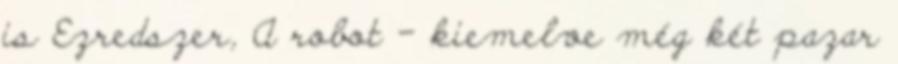
is Ezredszer, A robot – kiemelve még két pazar